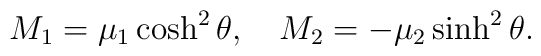
M_1=\mu_1 \cosh^2\theta,\quad M_2=-\mu_2 \sinh^2\theta.